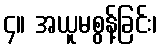
၄။ အယူမစွန့်ခြင်း၊